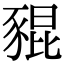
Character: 𧱟